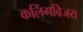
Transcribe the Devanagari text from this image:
कलिंगविजय